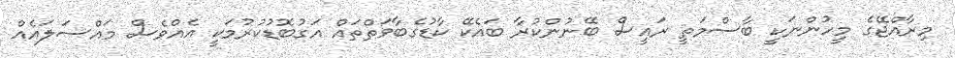
މިރާއްޖޭގެ މީހުންނަކީ ބާސްމަތީ ރައީސް ބޭނުންކުރާ ބައެކޭ ކާޑުގެބާވަތްތައް އަގުބޮޑުކުރުމަކީ އެއްވެސް މައްސަލައެއް